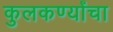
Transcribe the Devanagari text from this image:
कुलकर्ण्यांचा